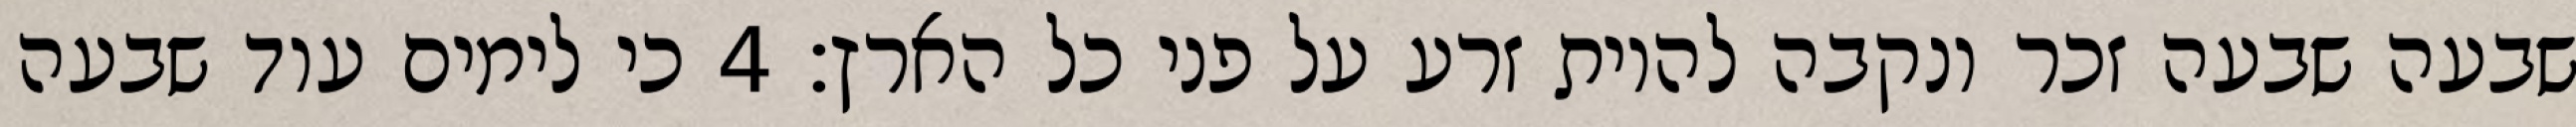
שבעה שבעה זכר ונקבה להיות זרע על פני כל הארץ׃ ‎4‏ כי לימים עוד שבעה